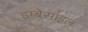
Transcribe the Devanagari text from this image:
इम्बेसाइल